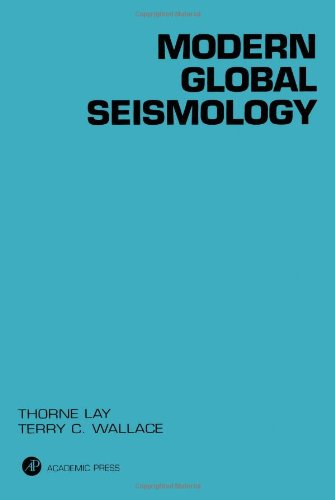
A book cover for Modern Global Seismology, Volume 58 (International Geophysics); Thorne Lay; Science & Math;